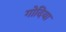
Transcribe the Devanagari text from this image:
गोदिया